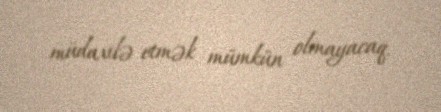
müdaxilə etmək mümkün olmayacaq.